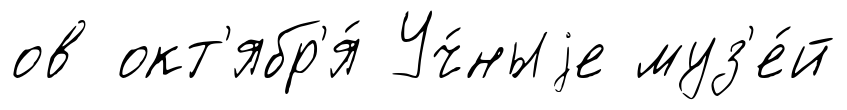
ов окт'ябр'я́ Уч́ныjе муз'е́й